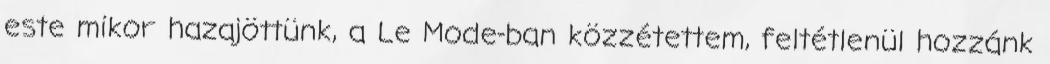
este mikor hazajöttünk, a Le Mode-ban közzétettem, feltétlenül hozzánk